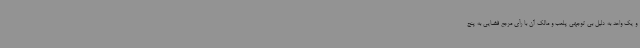
و یک واحد به دلیل بی توجهی پلمب و مالک آن با رأی مرجع قضایی به پنج